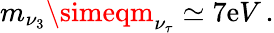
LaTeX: m_{\nu_{3}}\simeqm_{\nu_{\tau}}\simeq7\mathrm{e}V\, .